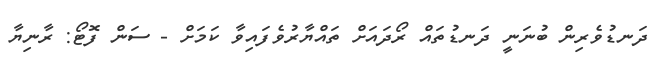
ދަނޑުވެރިން ބުނަނީ ދަނޑުތައް ރޯދައަށް ތައްޔާރުވެފައިވާ ކަމަށް - ސަން ފޮޓޯ: ރާނިޔާ